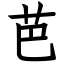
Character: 芭